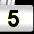
Digit: 5